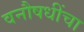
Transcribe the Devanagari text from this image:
वनौषधींचा